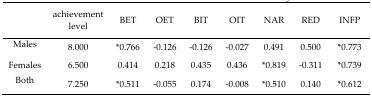
|  | achievement level | BET | OET | BIT | OIT | NAR | RED | INFP |
 | --- | --- | --- | --- | --- | --- | --- | --- | --- |
 | Males | 8.000 | *0.766 | −0.126 | −0.126 | −0.027 | 0.491 | 0.500 | *0.773 |
 | Females | 6.500 | 0.414 | 0.218 | 0.435 | 0.436 | *0.819 | −0.311 | *0.739 |
 | Both | 7.250 | *0.511 | −0.055 | 0.174 | −0.008 | *0.510 | 0.140 | *0.612 |